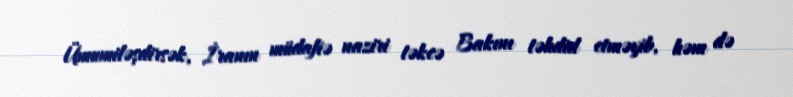
Ümumiləşdirsək, İranın müdafiə naziri təkcə Bakını təhdid etməyib, həm də